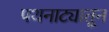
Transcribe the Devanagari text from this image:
पथनाट्यातून